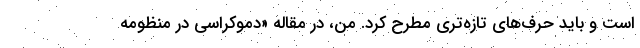
است و باید حرف‌های تازه‌تری مطرح کرد. من، در مقاله «دموکراسی در منظومه